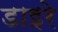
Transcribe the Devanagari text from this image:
डाइरे